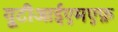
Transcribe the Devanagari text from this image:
यूटीआईएमएफ़